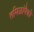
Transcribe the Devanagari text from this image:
तमिळांपैकी